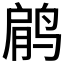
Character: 𱊋